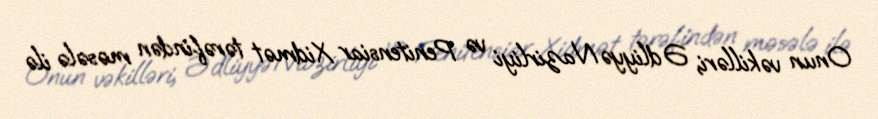
Onun vəkilləri, Ədliyyə Nazirliyi və Penitensiar Xidmət tərəfindən məsələ ilə